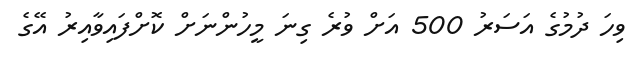
ވިހަ ދުމުގެ އަސަރު 500 އަށް ވުރެ ގިނަ މީހުންނަށް ކޮށްފައިވާއިރު އޭގެ